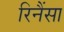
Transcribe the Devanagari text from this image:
रिनैंसा